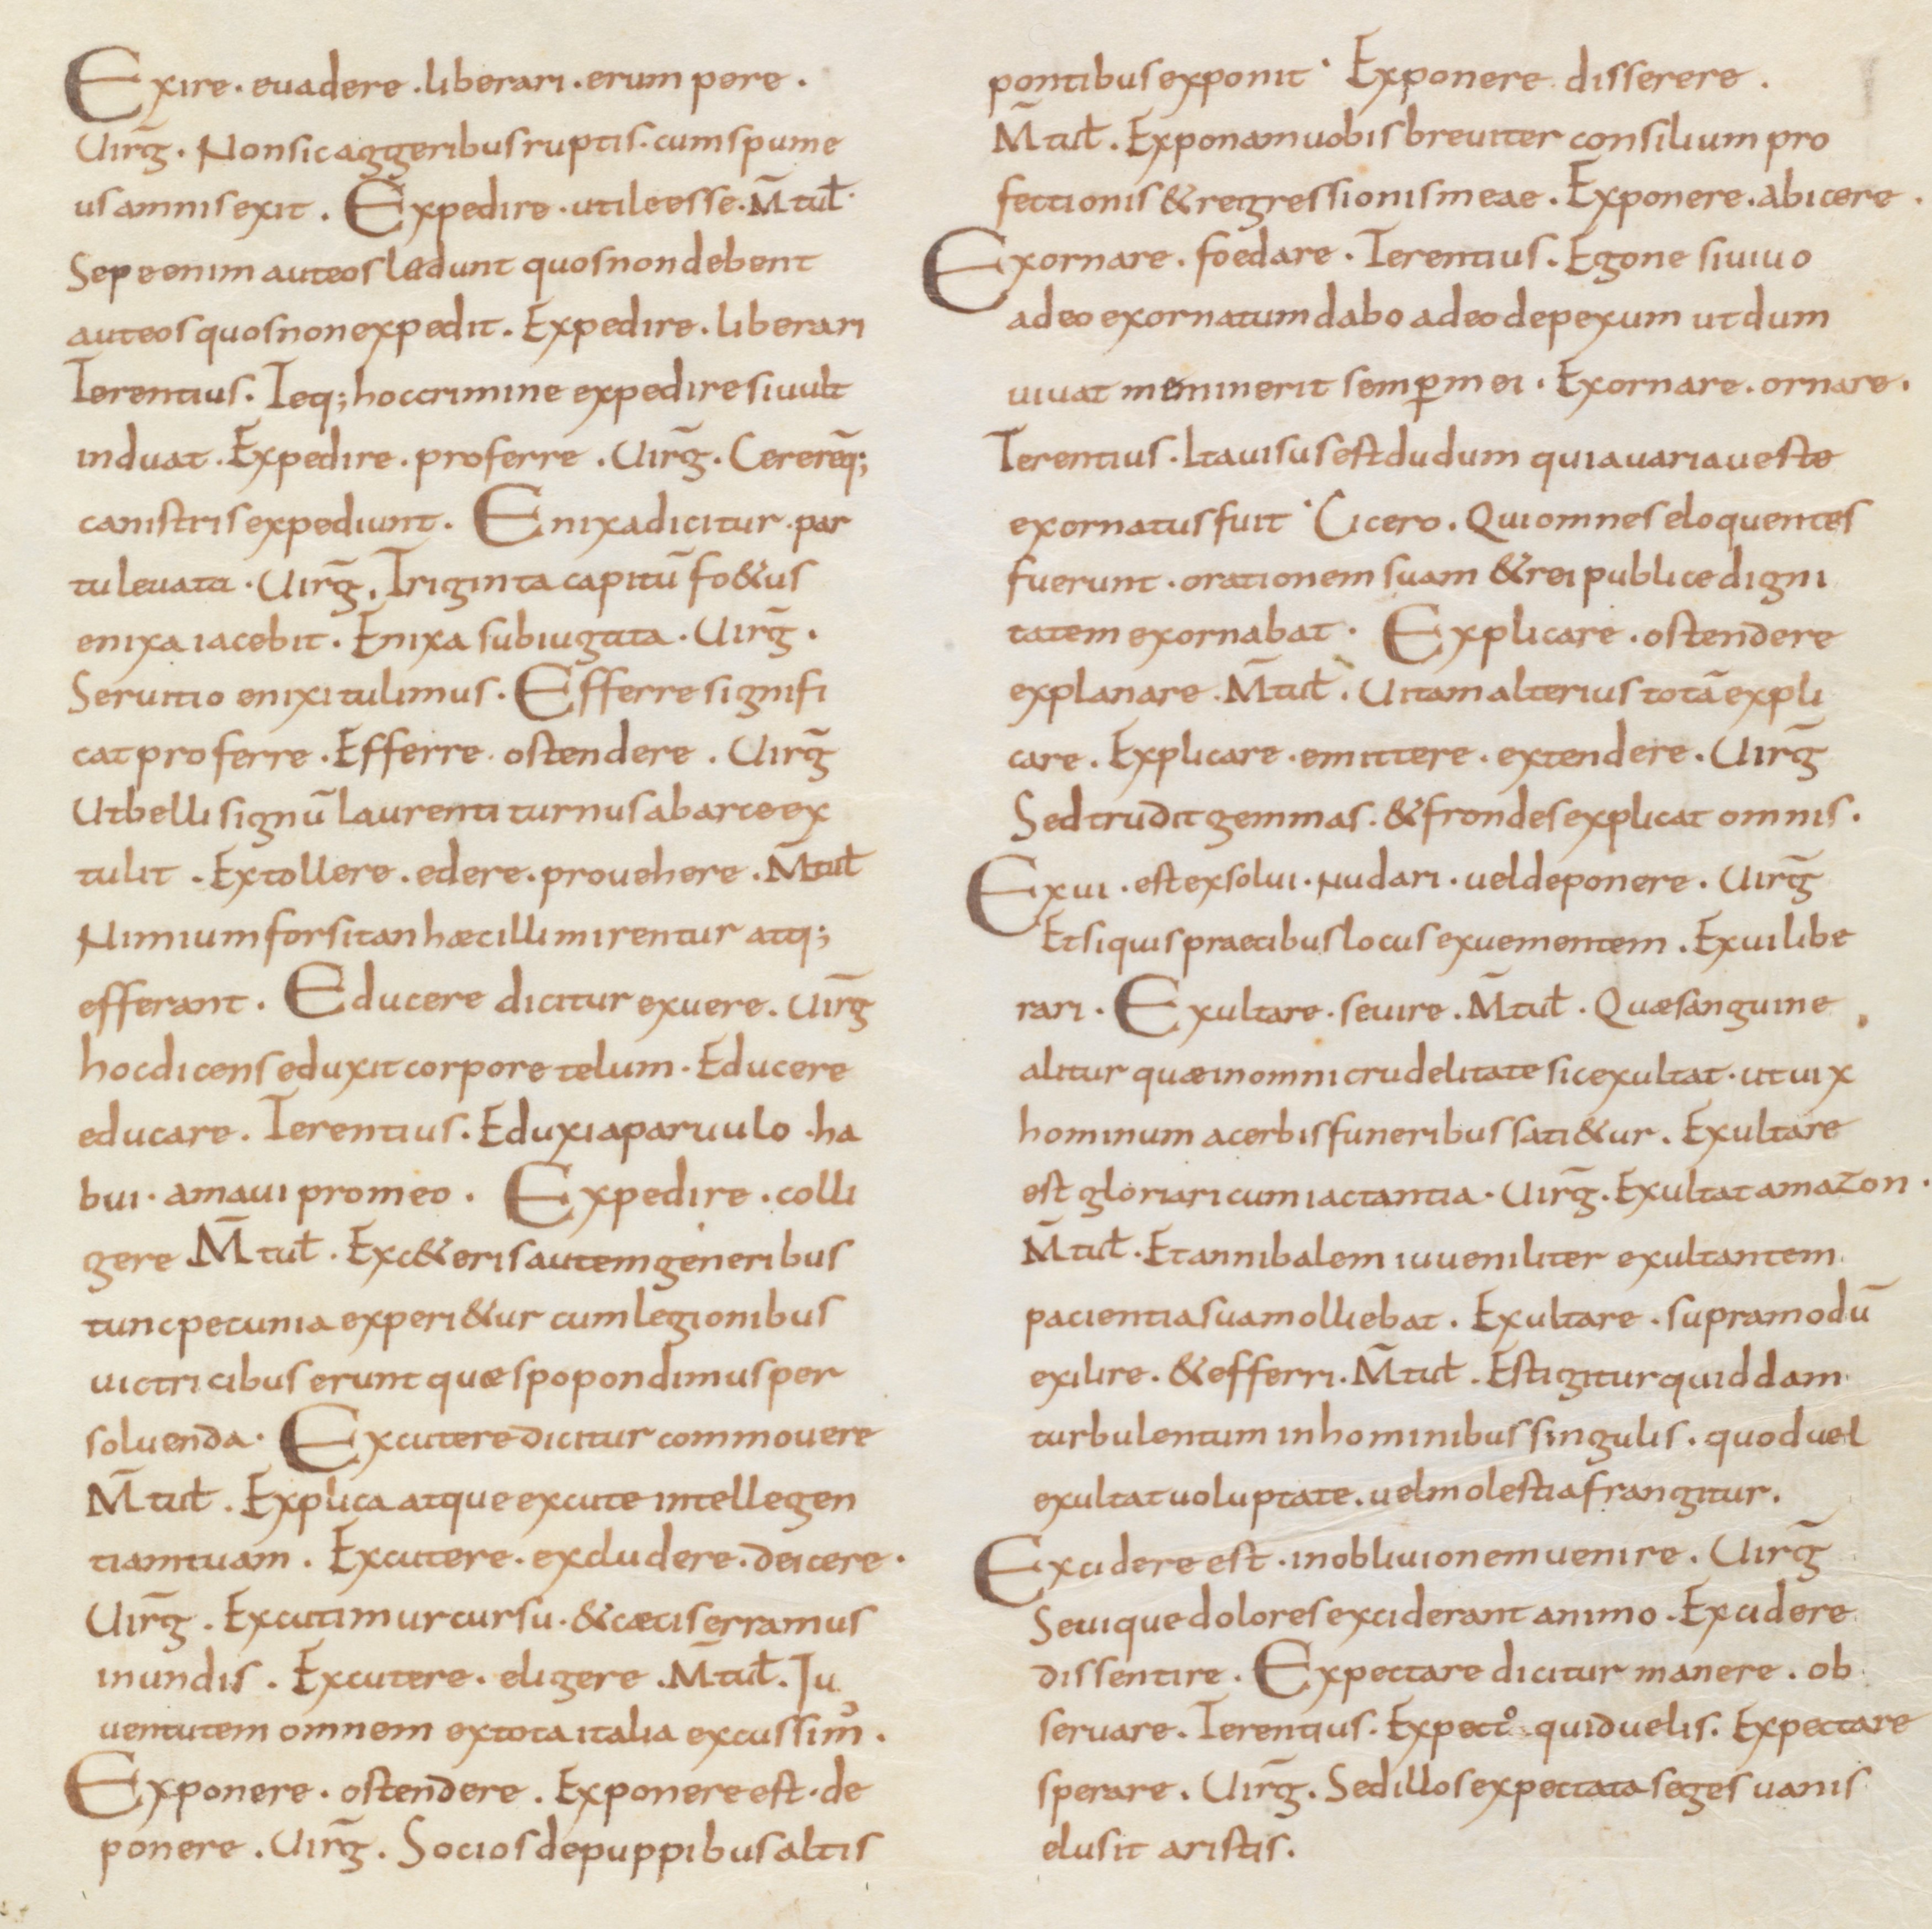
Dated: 850–899